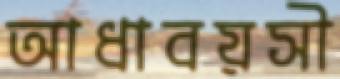
আধাবয়সী